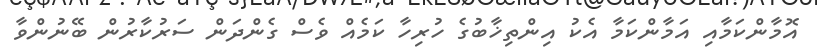
އޮމާންކަމާއި އަމާންކަމާ އެކު އިންތިޚާބުގެ ހުރިހާ ކަމެއް ވެސް ގެންދަން ސަރުކާރުން ބޭނުންވާ